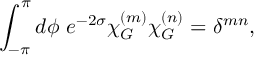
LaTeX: \int _ { - \pi } ^ { \pi } d \phi \, \, e ^ { - 2 \sigma } \chi _ { G } ^ { ( m ) } \chi _ { G } ^ { ( n ) } = \delta ^ { m n } ,